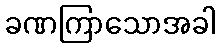
ခဏကြာသောအခါ